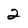
Character: 2